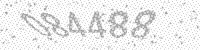
Solution: 084488